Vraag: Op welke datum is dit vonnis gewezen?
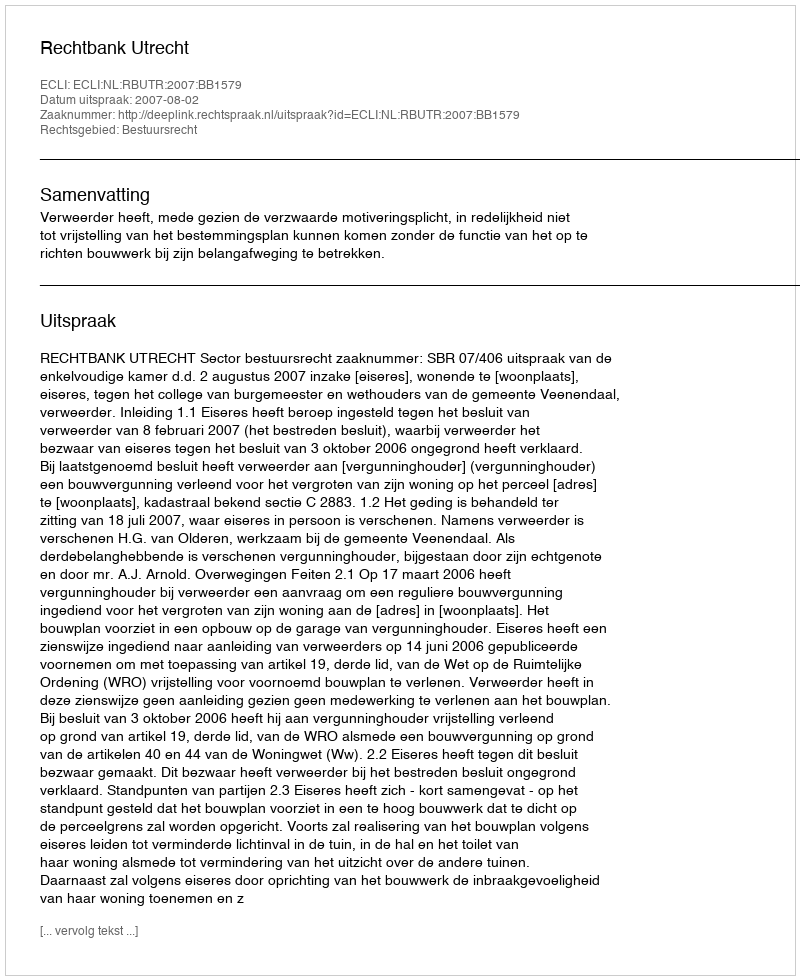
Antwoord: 2007-08-02